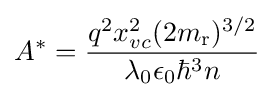
A^{*}={\frac {q^{2}x_{vc}^{2}(2m_{\text{r}})^{3/2}}{\lambda _{0}\epsilon _{0}\hbar ^{3}n}}